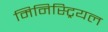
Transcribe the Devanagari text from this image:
मिनिस्ट्रियल